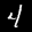
Label: 4